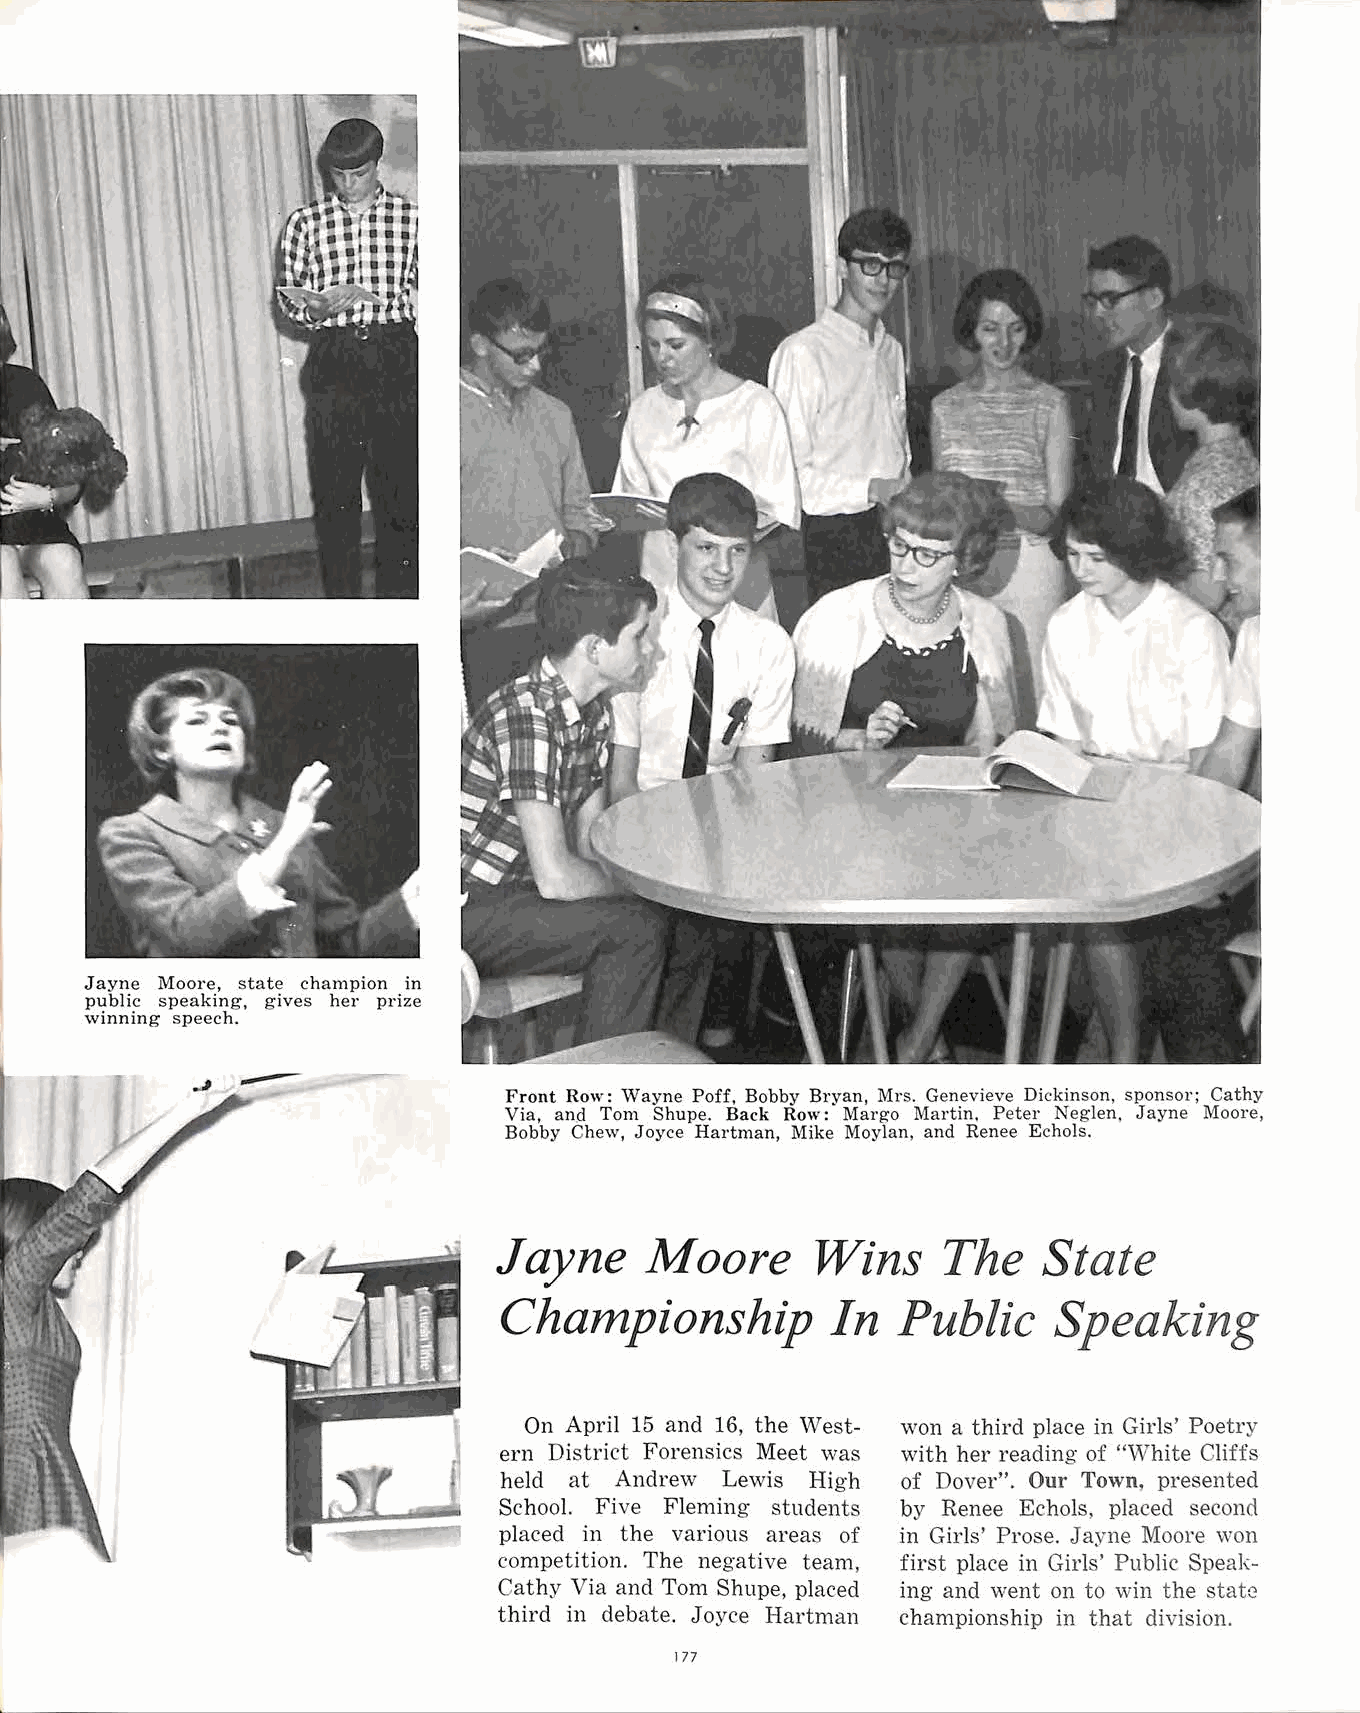
Jayne Moore, state champion in
 public speaking, gives her prize
 winning speech.
 Front Row: Wayne Poff, Bobby Bryan, Mrs. Genevieve Dickinson, sponsor; Cathy
 Via, and Tom Shupe. Back Row: Margo Martin. Peter N eglen, Jayne Moore,
 Bobby Chew, Joyce Hartman, Mike Moylan, and Renee Echols.
 Jayne     Moore      Wins    The    State
 Championship          In  Public     Speaking
 On April 15 and 16, the West won a third place in Girls' Poetry
 ern District Forensics Meet was with her reading of "White Cliffs
 held at Andrew Lewis High  of Dover". Our Town, presented
 School. Five Fleming students by Renee Echols, placed second
 placed in the various areas of in Girls' Prose. Jayne Moore won
 competition. The negative team, first place in Girls' Public Speak
 Cathy Via and Tom Shupe, placed ing and went on to win the state
 third in debate. Joyce Hartman championship in that division.
 177